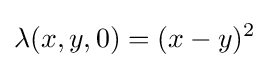
\lambda (x,y,0)=(x-y)^{2}